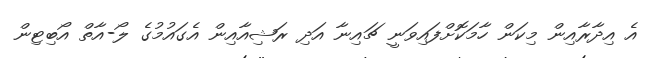
އެ އިދާރާއިން މިކަން ހާމަކޮށްފައިވަނީ ޗައިނާ އަދި ރަޝިއާއިން އެގައުމުގެ ލޯ-އާތް އޯބިޓިން